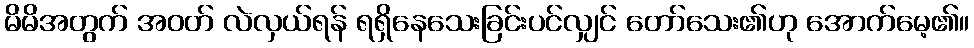
မိမိအတွက် အဝတ် လဲလှယ်ရန် ရရှိနေသေးခြင်းပင်လျှင် တော်သေး၏ဟု အောက်မေ့၏။